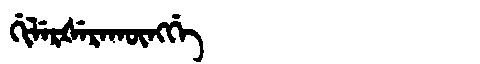
Manchu: ᡤᡳᠯᡝᡵᡧᡝᡵᠠᡴᡡᠩᡤᡝ
Romanization: GILERŠERAKŪNGGE